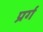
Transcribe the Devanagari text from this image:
प्रर्ग